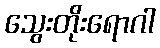
သွေးတိုးရောဂါ